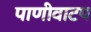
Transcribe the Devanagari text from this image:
पाणीवाटप